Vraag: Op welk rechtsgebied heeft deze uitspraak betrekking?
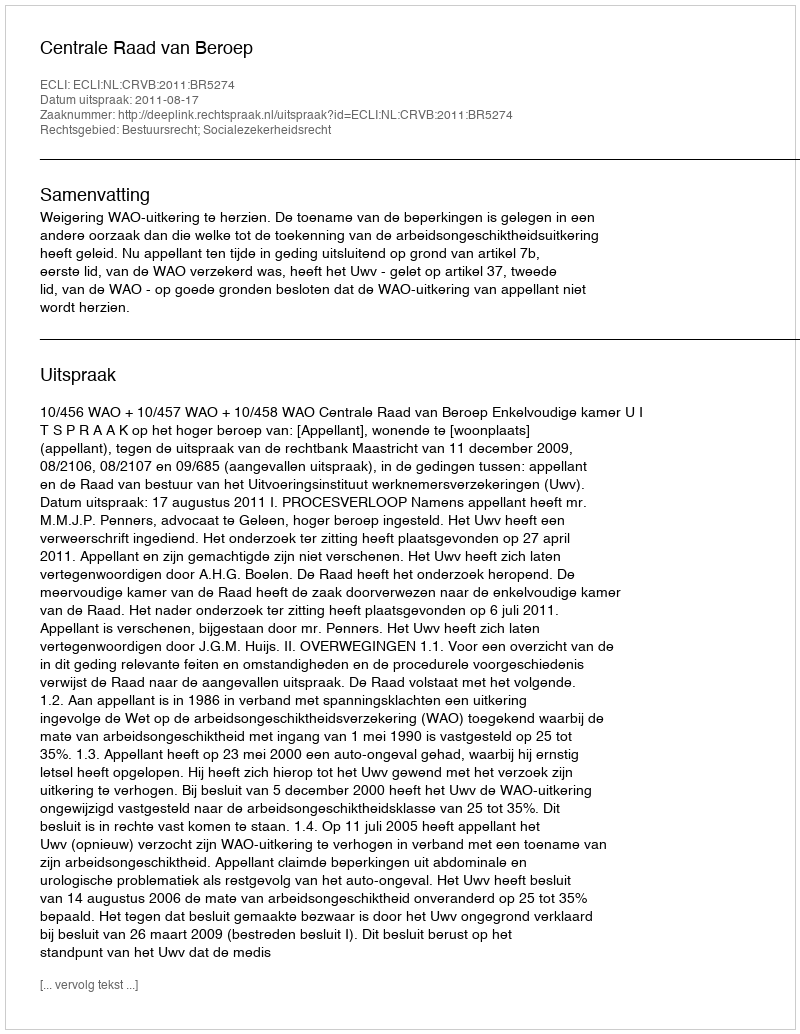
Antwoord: Bestuursrecht; Socialezekerheidsrecht